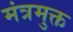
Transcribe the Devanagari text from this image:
मंत्रमुक्त